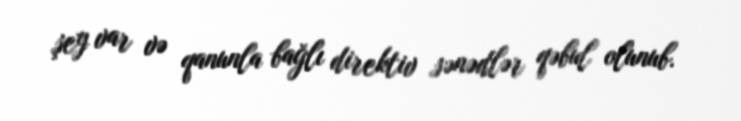
şey var və qanunla bağlı direktiv sənədlər qəbul olunub.